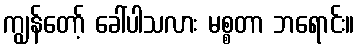
ကျွန်တော့် ခေါ်ပါသလား မစ္စတာ ဘရောင်း။